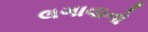
લગાવાનો